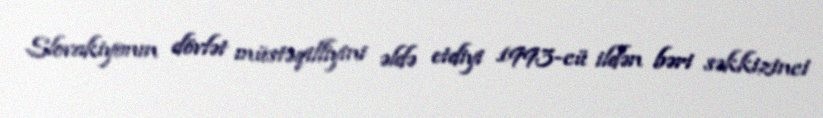
Slovakiyanın dövlət müstəqilliyini əldə etdiyi 1993-cü ildən bəri səkkizinci